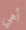
أهي